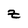
Character: z